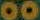
00